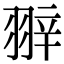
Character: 𦐹